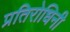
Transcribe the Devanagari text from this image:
प्रतिरोधिनी